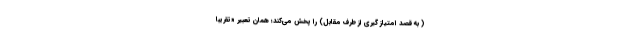
( به قصد امتیاز گیری از طرف مقابل) را پخش می‌کند؛ همان تعبیر «تقریباً